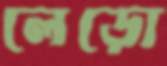
লেড়ো